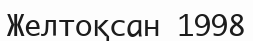
Желтоқсан 1998